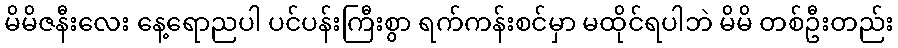
မိမိဇနီးလေး နေ့ရောညပါ ပင်ပန်းကြီးစွာ ရက်ကန်းစင်မှာ မထိုင်ရပါဘဲ မိမိ တစ်ဦးတည်း